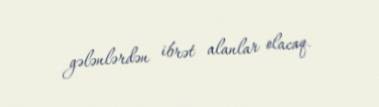
gələnlərdən ibrət alanlar olacaq.